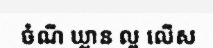
ចំណី ឃ្លាន ល្អ លើស